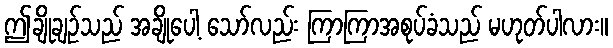
ဤချိုချဉ်သည် အချိုပေါ့ သော်လည်း ကြာကြာအစုပ်ခံသည် မဟုတ်ပါလား။